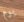
يوم